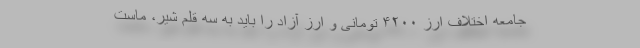
جامعه اختلاف ارز ۴۲۰۰ تومانی و ارز آزاد را باید به سه قلم شیر، ماست